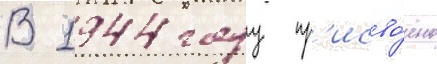
В 1944 году пр'исво́ено